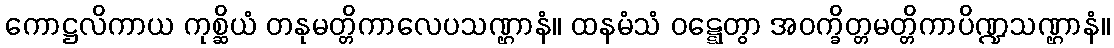
ကောဋ္ဌလိကာယ ကုစ္ဆိယံ တနုမတ္တိကာလေပသဏ္ဌာနံ။ ထနမံသံ ဝဋ္ဋေတွာ အဝက္ခိတ္တမတ္တိကာပိဏ္ဍသဏ္ဌာနံ။